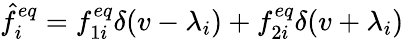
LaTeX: \hat{f}_{i}^{eq}=f_{1i}^{eq}\delta(v-\lambda_{i})+f_{2i}^{eq}\delta(v+\lambda_{i})